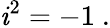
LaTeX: {\mathit{i}}^{2}=-1\ .